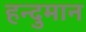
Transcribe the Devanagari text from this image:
हन्दुमान